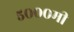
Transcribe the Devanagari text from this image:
५०००मी